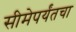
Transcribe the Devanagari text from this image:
सीमेपर्यंतचा